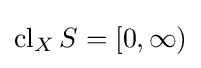
\operatorname {cl} _{X}S=[0,\infty )